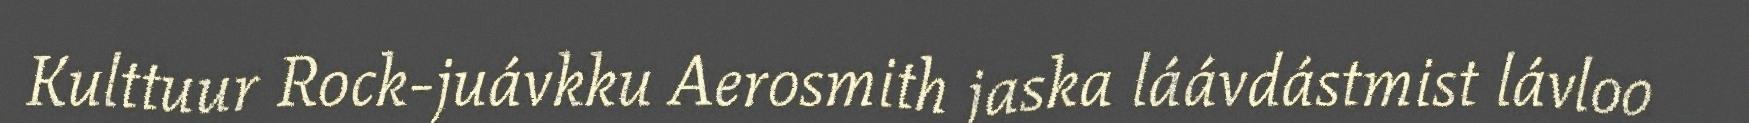
Kulttuur Rock-juávkku Aerosmith jaska láávdástmist lávloo